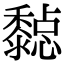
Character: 𪐇